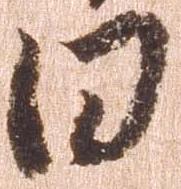
日